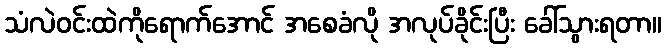
သံလဲဝင်းထဲကိုရောက်အောင် အစေခံလို အလုပ်ခိုင်းပြီး ခေါ်သွားရတာ။